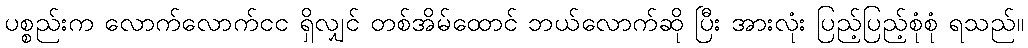
ပစ္စည်းက လောက်လောက်ငင ရှိလျှင် တစ်အိမ်ထောင် ဘယ်လောက်ဆို ပြီး အားလုံး ပြည့်ပြည့်စုံစုံ ရသည်။